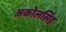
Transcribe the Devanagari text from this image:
अकोलसिंह